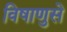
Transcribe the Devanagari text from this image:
विषाणुसे